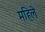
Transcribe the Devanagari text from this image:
महिले